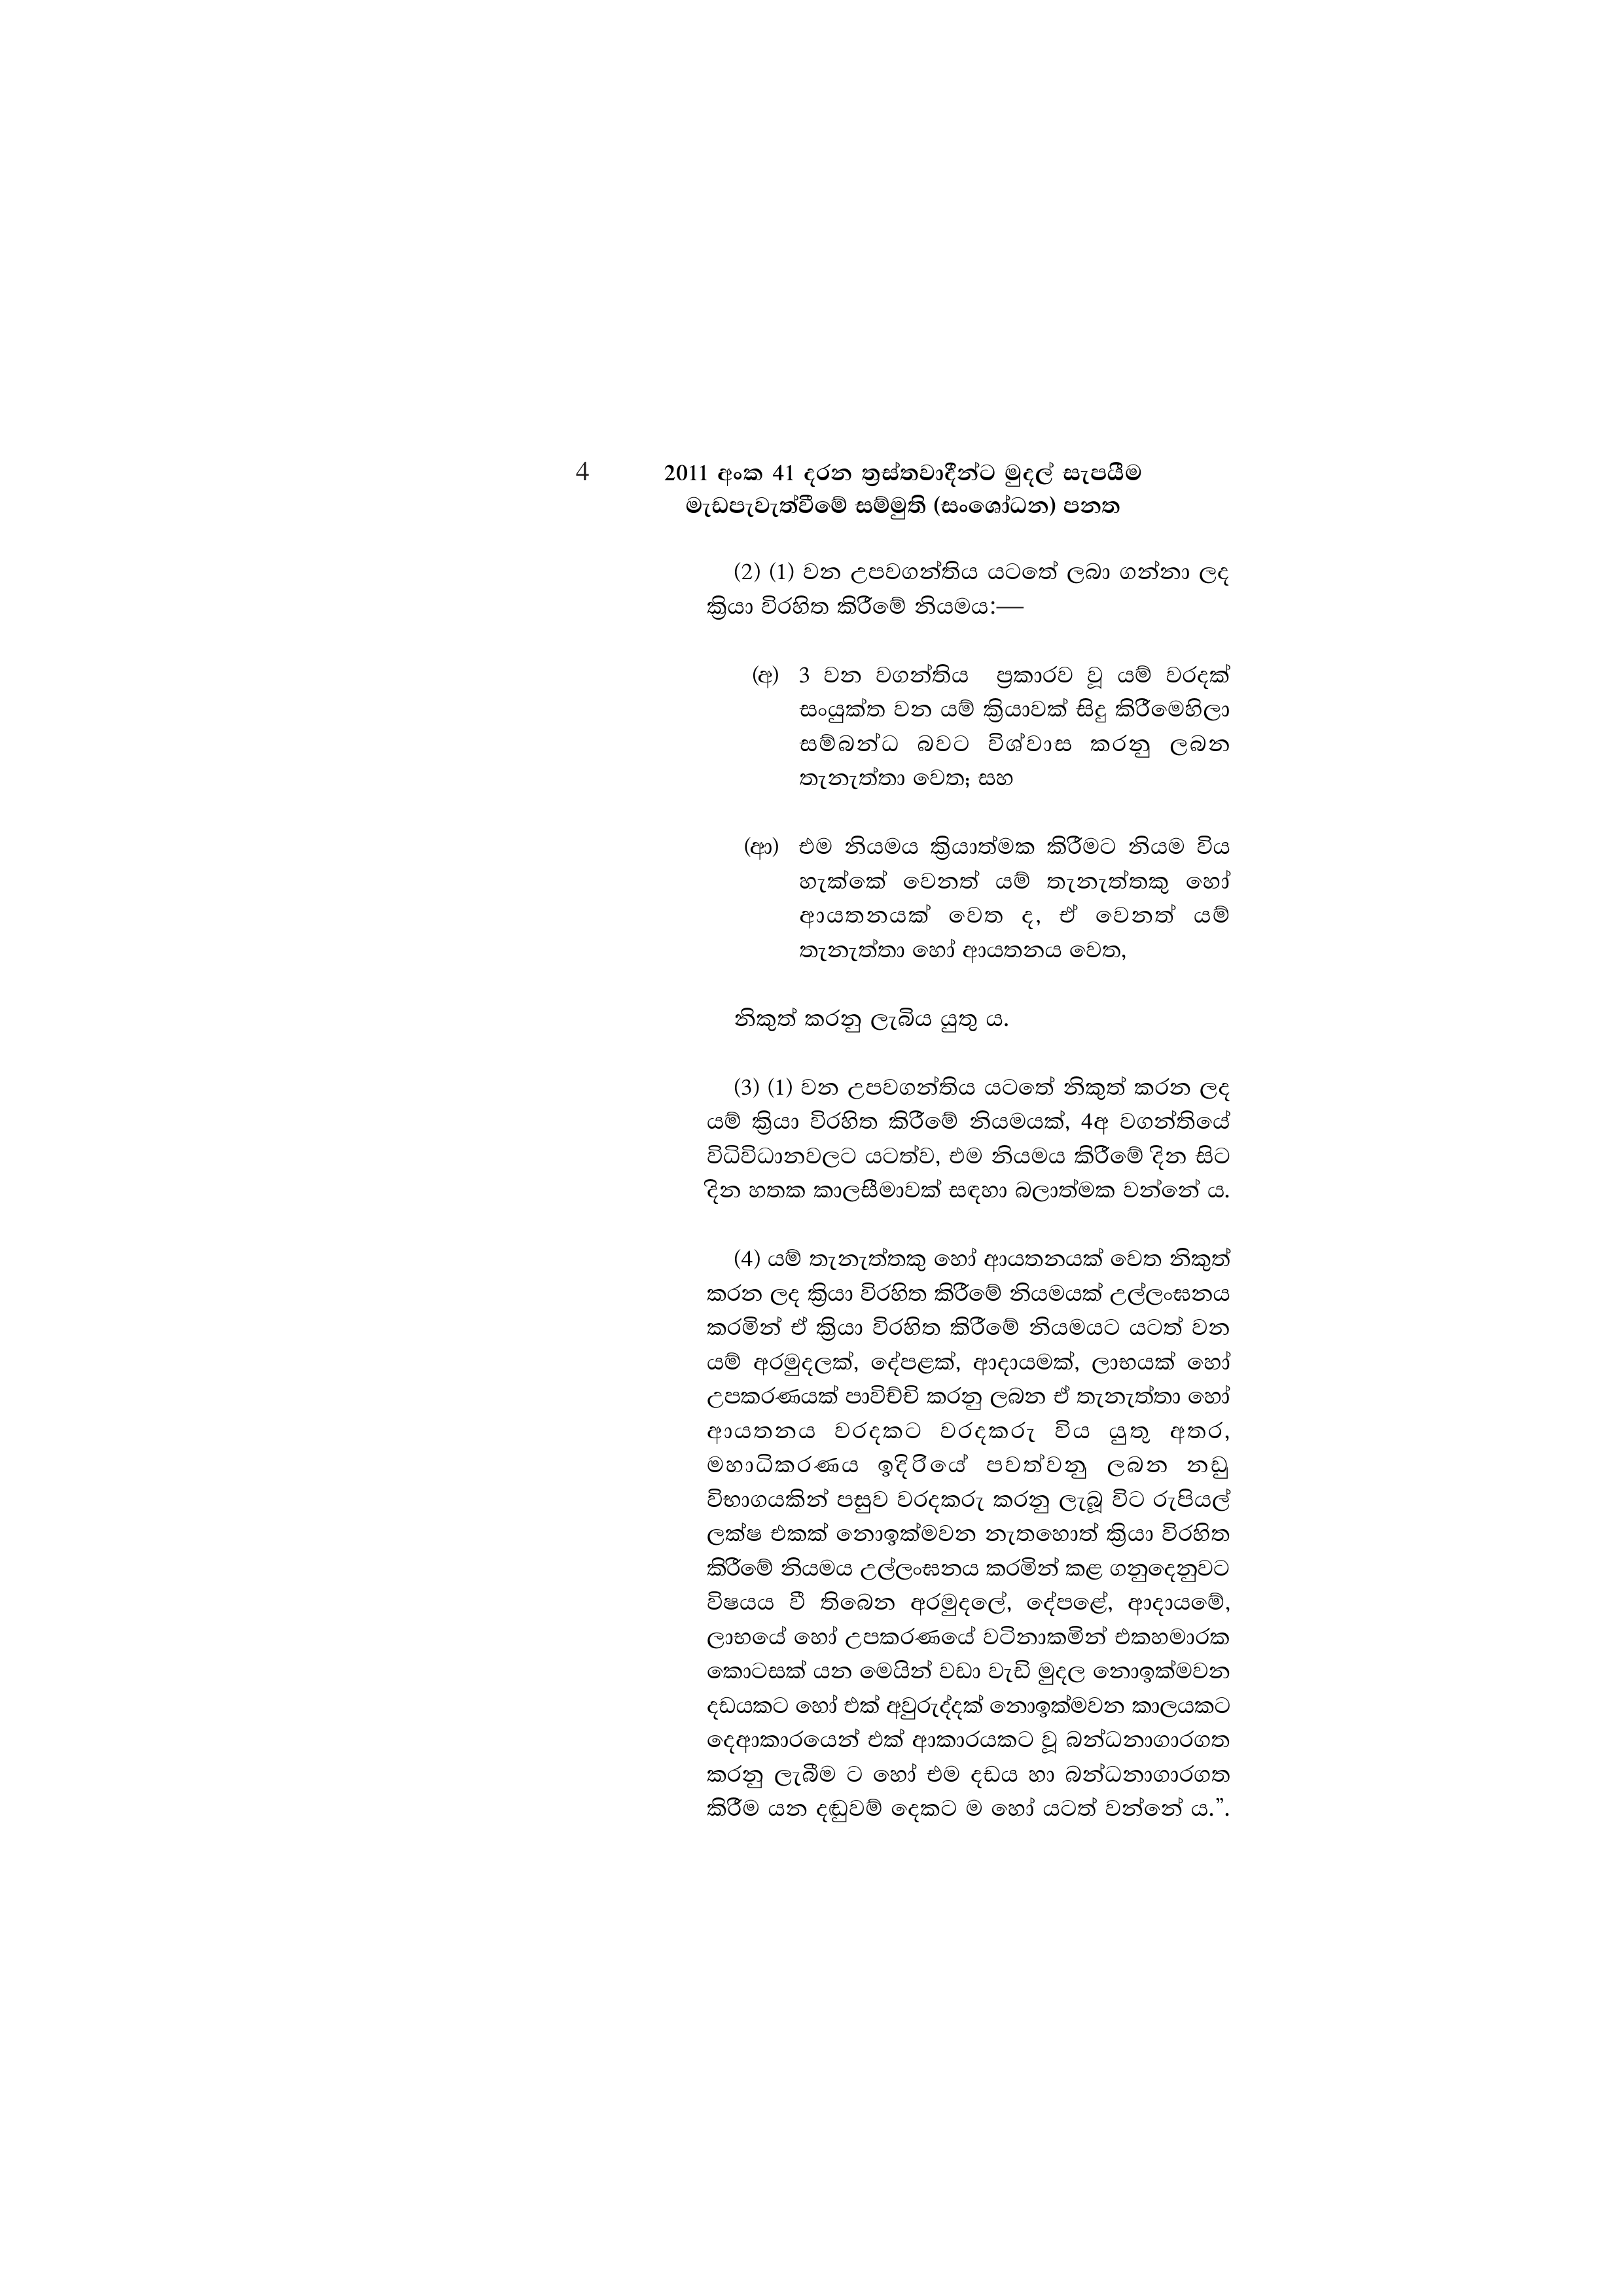
4 2011 අංක 41 දරන ත්‍රස්තවාදීන්ට මුදල් සැපයීම
මැඩපැවැත්වීමේ සම්මුති (සංශෝධන) පනත

(2) (1) වන උපවගන්තිය යටතේ ලබා ගන්නා ලද
ක්‍රියා විරහිත කිරීමේ නියමය:—

(අ) 3 වන වගන්තිය ප්‍රකාරව වූ යම් වරදක්
සංයුක්ත වන යම් ක්‍රියාවක් සිදු කිරීමෙහිලා
සම්බන්ධ බවට විශ්වාස කරනු ලබන
තැනැත්තා වෙත; සහ

(ආ) එම නියමය ක්‍රියාත්මක කිරීමට නියම විය
හැක්කේ වෙනත් යම් තැනැත්තකු හෝ
ආයතනයක් වෙත ද, ඒ වෙනත් යම්
තැනැත්තා හෝ ආයතනය වෙත,

නිකුත් කරනු ලැබිය යුතු ය.

(3) (1) වන උපවගන්තිය යටතේ නිකුත් කරන ලද
යම් ක්‍රියා විරහිත කිරීමේ නියමයක්, 4අ වගන්තියේ
විධිවිධානවලට යටත්ව, එම නියමය කිරීමේ දින සිට
දින හතක කාලසීමාවක් සඳහා බලාත්මක වන්නේ ය.

(4) යම් තැනැත්තකු හෝ ආයතනයක් වෙත නිකුත්
කරන ලද ක්‍රියා විරහිත කිරීමේ නියමයක් උල්ලංඝනය
කරමින් ඒ ක්‍රියා විරහිත කිරීමේ නියමයට යටත් වන
යම් අරමුදලක්, දේපළක්, ආදායමක්, ලාභයක් හෝ
උපකරණයක් පාවිච්චි කරනු ලබන ඒ තැනැත්තා හෝ
ආයතනය වරදකට වරදකරු විය යුතු අතර,
මහාධිකරණය ඉදිරියේ පවත්වනු ලබන නඩු
විභාගයකින් පසුව වරදකරු කරනු ලැබූ විට රුපියල්
ලක්ෂ එකක් නොඉක්මවන නැතහොත් ක්‍රියා විරහිත
කිරීමේ නියමය උල්ලංඝනය කරමින් කළ ගනුදෙනුවට
විෂයය වී තිබෙන අරමුදලේ, දේපළේ, ආදායමේ,
ලාභයේ හෝ උපකරණයේ වටිනාකමින් එකහමාරක
කොටසක් යන මෙයින් වඩා වැඩි මුදල නොඉක්මවන
දඩයකට හෝ එක් අවුරුද්දක් නොඉක්මවන කාලයකට
දෙආකාරයෙන් එක් ආකාරයකට වූ බන්ධනාගාරගත
කරනු ලැබීම ට හෝ එම දඩය හා බන්ධනාගාරගත
කිරීම යන දඬුවම් දෙකට ම හෝ යටත් වන්නේ ය.”.